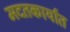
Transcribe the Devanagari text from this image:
मदतकार्यात